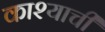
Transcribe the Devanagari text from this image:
काश्याची